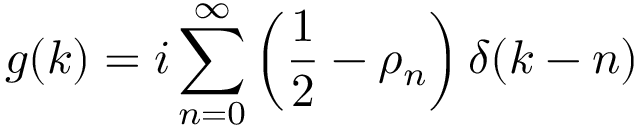
g ( k ) = i \sum _ { n = 0 } ^ { \infty } \left( { \frac { 1 } { 2 } } - \rho _ { n } \right) \delta ( k - n )